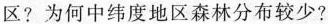
区?为何中纬度地区森林分布较少?